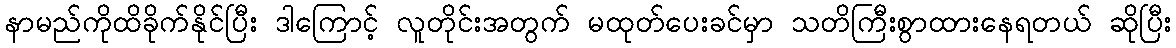
နာမည်ကိုထိခိုက်နိုင်ပြီး ဒါကြောင့် လူတိုင်းအတွက် မထုတ်ပေးခင်မှာ သတိကြီးစွာထားနေရတယ် ဆိုပြီး